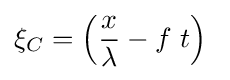
\xi _{C}=\left({\frac {x}{\lambda }}-f\ t\right)\